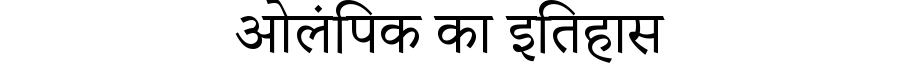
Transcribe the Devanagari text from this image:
ओलंपिक का इतिहास